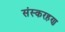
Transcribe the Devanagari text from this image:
संस्करहण